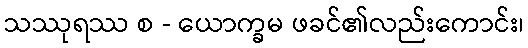
သဿုရဿ စ - ယောက္ခမ ဖခင်၏လည်းကောင်း၊